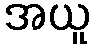
အယူ